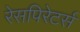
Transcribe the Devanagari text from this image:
रेसपिरेटर्स